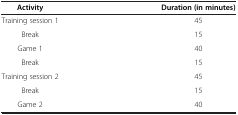
| Activity | Duration (in minutes) |
 | --- | --- |
 | Training session 1 | 45 |
 | Break | 15 |
 | Game 1 | 40 |
 | Break | 15 |
 | Training session 2 | 45 |
 | Break | 15 |
 | Game 2 | 40 |